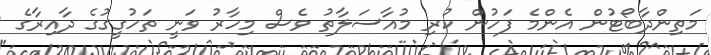
މަތިންދާބޯޓުން އެންމެ ފަހުން ކުރި މުއާސަލާތު ވެސް މިހާރު ވަނީ ތަހުގީގުގެ ދާއިރާގެ